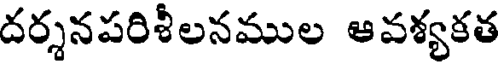
దర్శనపరిశీలనముల ఆవశ్యకత